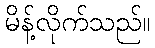
မိန့်လိုက်သည်။